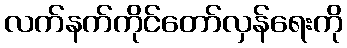
လက်နက်ကိုင်တော်လှန်ရေးကို